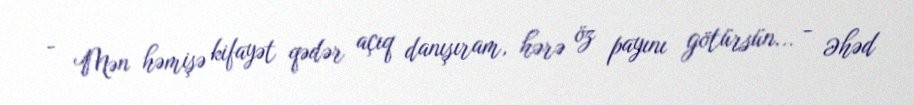
- Mən həmişə kifayət qədər açıq danışıram, hərə öz payını götürsün... - Əhəd